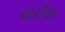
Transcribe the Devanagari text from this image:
बर्तोक